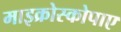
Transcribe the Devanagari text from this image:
माइक्रोस्कोपाए